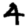
Digit: 4